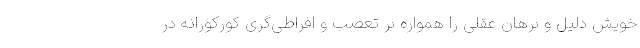
خویش دلیل و برهان عقلی را همواره بر تعصب و افراطی‌گری کورکورانه در